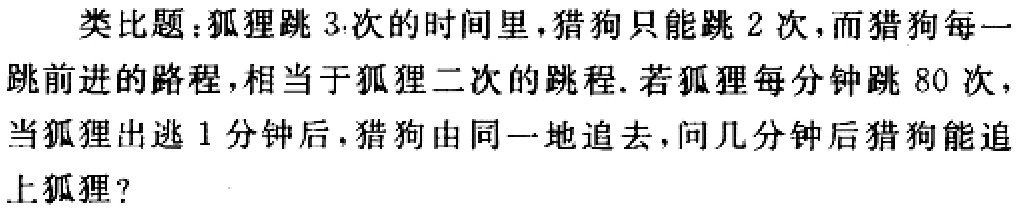
类比题：狐狸跳3次的时间里，猎狗只能跳2次，而猎狗每一跳前进的路程，相当于狐狸二次的跳程. 若狐狸每分钟跳80次，当狐狸出逃1分钟后，猎狗由同一地追去，问几分钟后猎狗能追上狐狸？